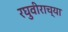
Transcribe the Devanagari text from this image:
रघुवीराच्या